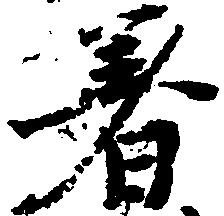
着